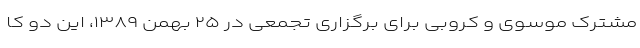
مشترک موسوی و کروبی برای برگزاری تجمعی در ۲۵ بهمن ۱۳۸۹، این دو کا